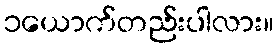
၁ယောက်တည်းပါလား။